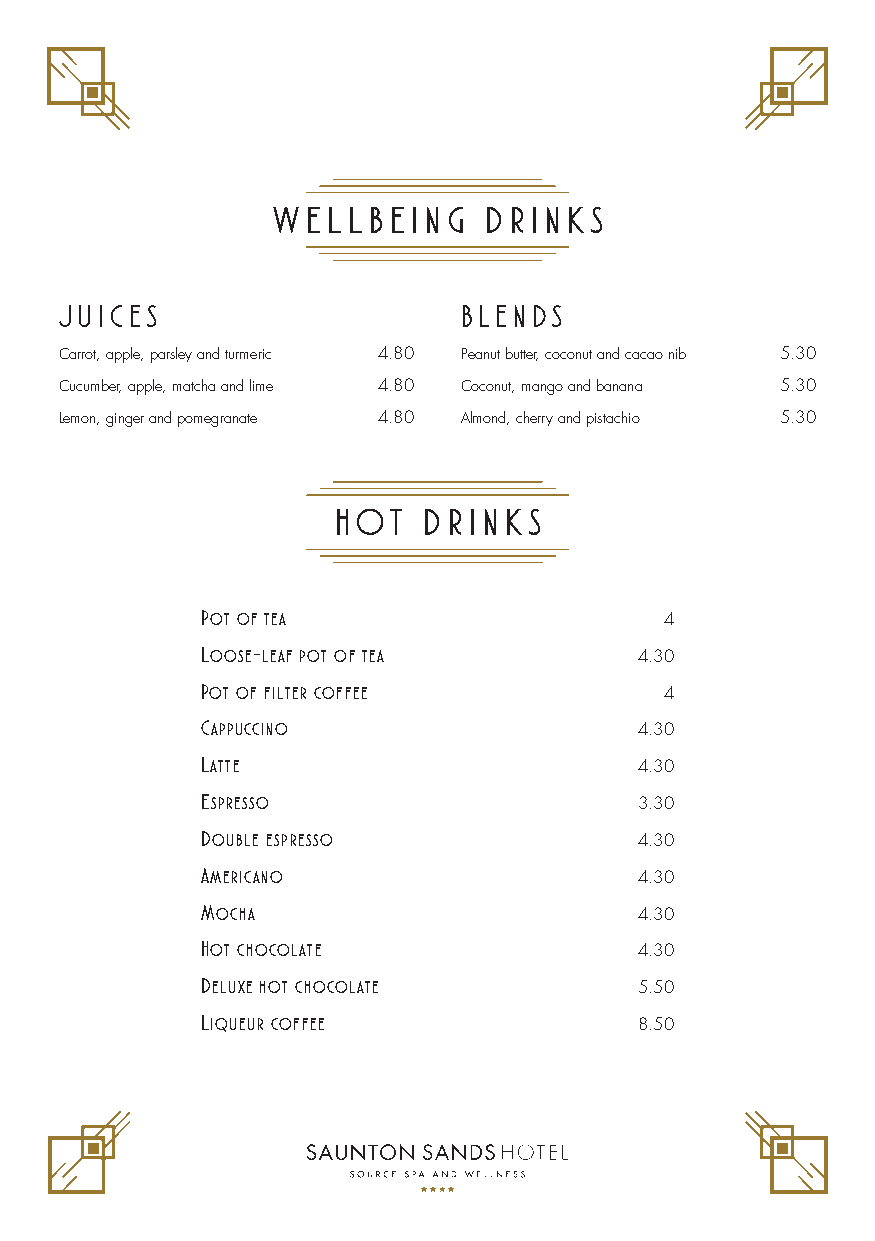
W E L L B E I N G D R I N K S
 JUICES                    BLENDS
 Carrot, apple, parsley and turmeric 4.80 Peanut butter, coconut and cacao nib 5.30
 Cucumber, apple, matcha and lime 4.80 Coconut, mango and banana 5.30
 Lemon, ginger and pomegranate 4.80 Almond, cherry and pistachio 5.30
 H OT  D R I N K S
 Pot of tea                     4
 Loose-leaf pot of tea        4.30
 Pot of filter coffee           4
 Cappuccino                   4.30
 Latte                        4.30
 Espresso                     3.30
 Double espresso              4.30
 Americano                    4.30
 Mocha                        4.30
 Hot chocolate                4.30
 Deluxe hot chocolate         5.50
 Liqueur coffee               8.50